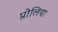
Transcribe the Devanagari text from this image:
प्रोलिया